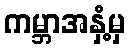
ကမ္ဘာအနှံ့မှ